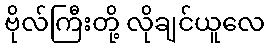
ဗိုလ်ကြီးတို့ လိုချင်ယူလေ